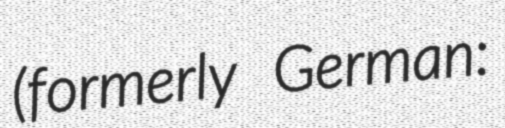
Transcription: (formerly German: